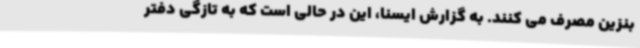
بنزین مصرف می کنند. به گزارش ایسنا، این در حالی است که به تازگی دفتر